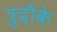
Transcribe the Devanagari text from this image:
त्रुदौके